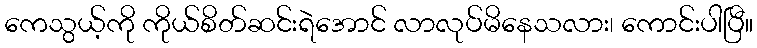
ကေသွယ့်ကို ကိုယ်စိတ်ဆင်းရဲအောင် လာလုပ်မိနေသလား၊ ကောင်းပါပြီ။